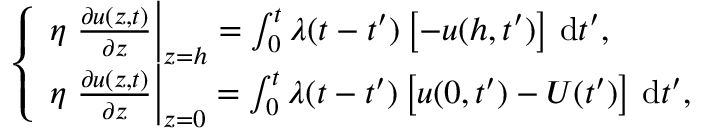
\left\{ \begin{array} { l l } { \eta \left. \frac { \partial u ( z , t ) } { \partial z } \right| _ { z = h } = \int _ { 0 } ^ { t } \lambda ( t - t ^ { \prime } ) \left[ - u ( h , t ^ { \prime } ) \right] \, \mathrm { d } t ^ { \prime } , } \\ { \eta \left. \frac { \partial u ( z , t ) } { \partial z } \right| _ { z = 0 } = \int _ { 0 } ^ { t } \lambda ( t - t ^ { \prime } ) \left[ u ( 0 , t ^ { \prime } ) - U ( t ^ { \prime } ) \right] \, \mathrm { d } t ^ { \prime } , } \end{array} \right.